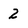
Character: 2